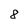
Character: 8